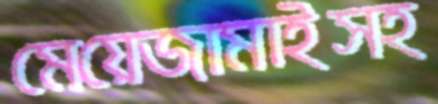
মেয়েজামাইসহ